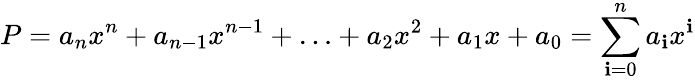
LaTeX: P=a_{n}x^{n}+a_{n-1}x^{n-1}+\ldots+a_{2}x^{2}+a_{1}x+a_{0}=\sum_{\mathbf{i}=0}^{n}a_{\mathbf{i}}x^{\mathbf{i}}